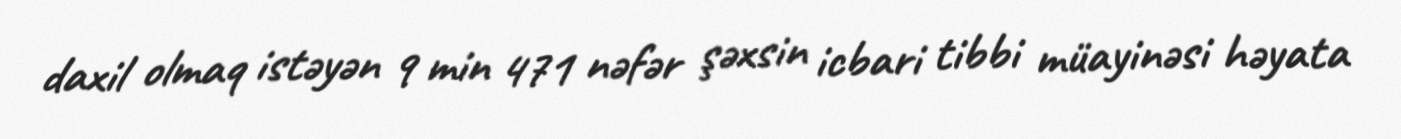
daxil olmaq istəyən 9 min 471 nəfər şəxsin icbari tibbi müayinəsi həyata